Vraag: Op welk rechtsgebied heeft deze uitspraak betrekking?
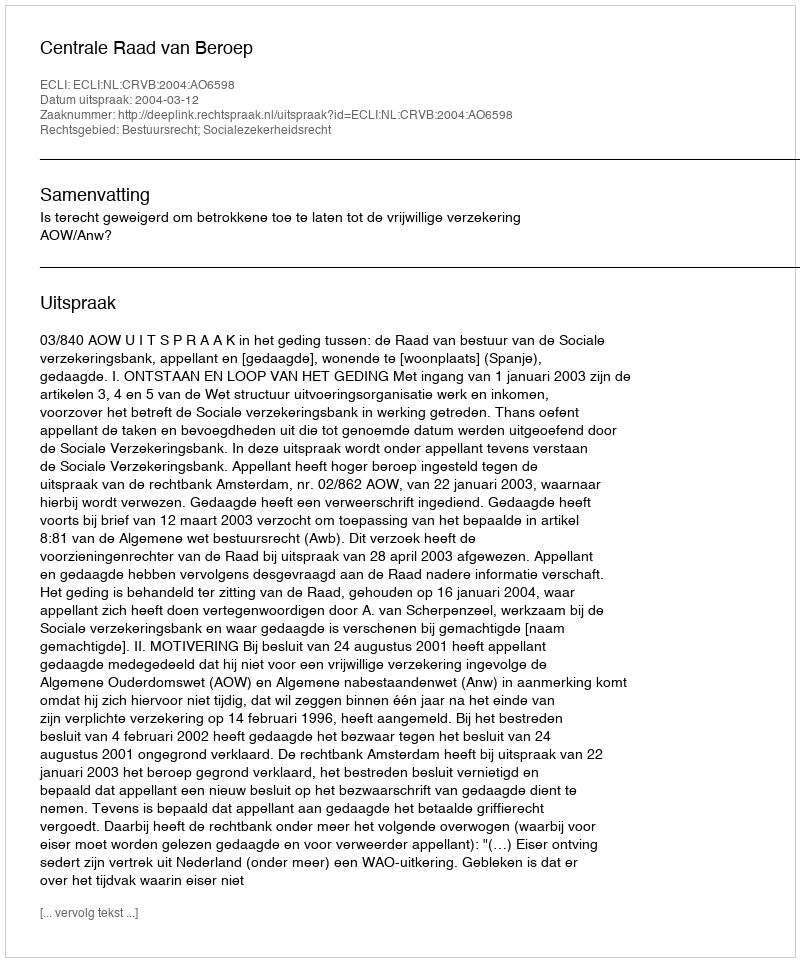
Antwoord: Bestuursrecht; Socialezekerheidsrecht